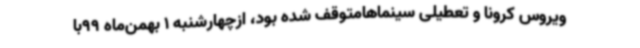
ویروس کرونا و تعطیلی سینماهامتوقف شده بود، ازچهارشنبه 1 بهمن‌ماه 99با